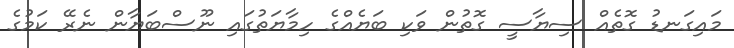
މައިގަނޑު ގޮތެއް ސިޔާސީ ގޮތުން ވަކި ބަޔެއްގެ ހިމާޔަތުގައި ނޫސްބަޔާން ނެރޭ ކަމުގެ